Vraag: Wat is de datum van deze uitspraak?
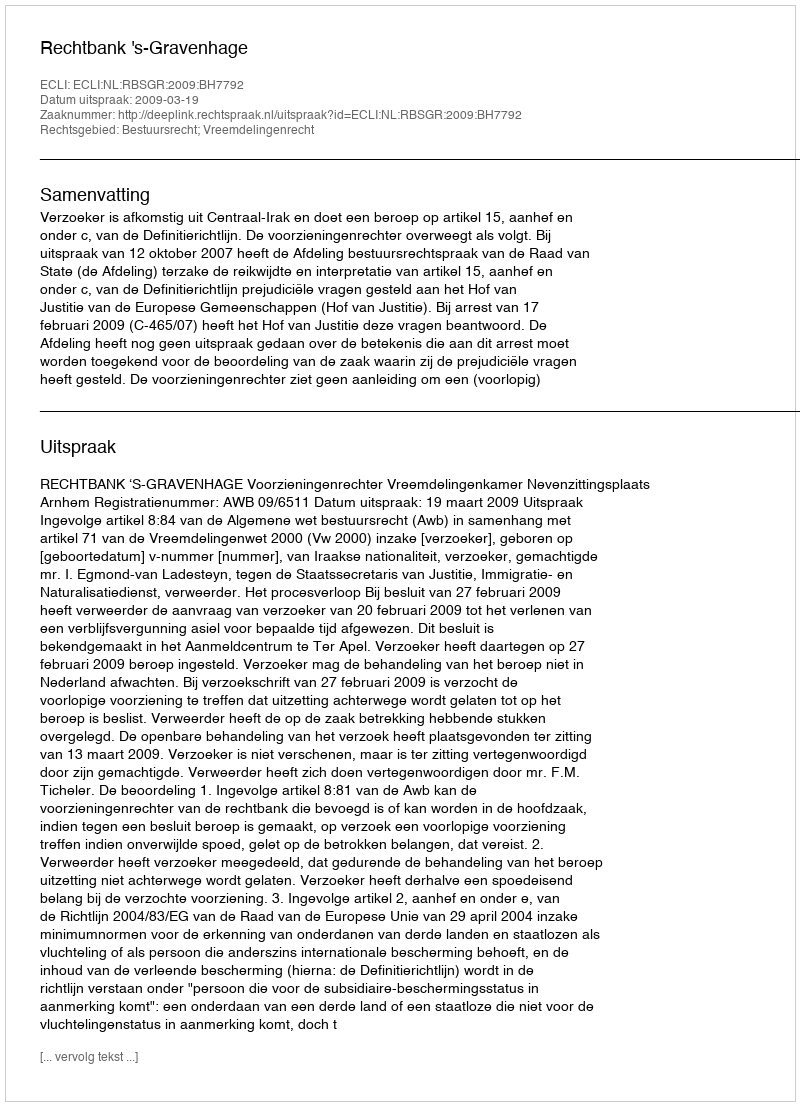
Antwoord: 2009-03-19